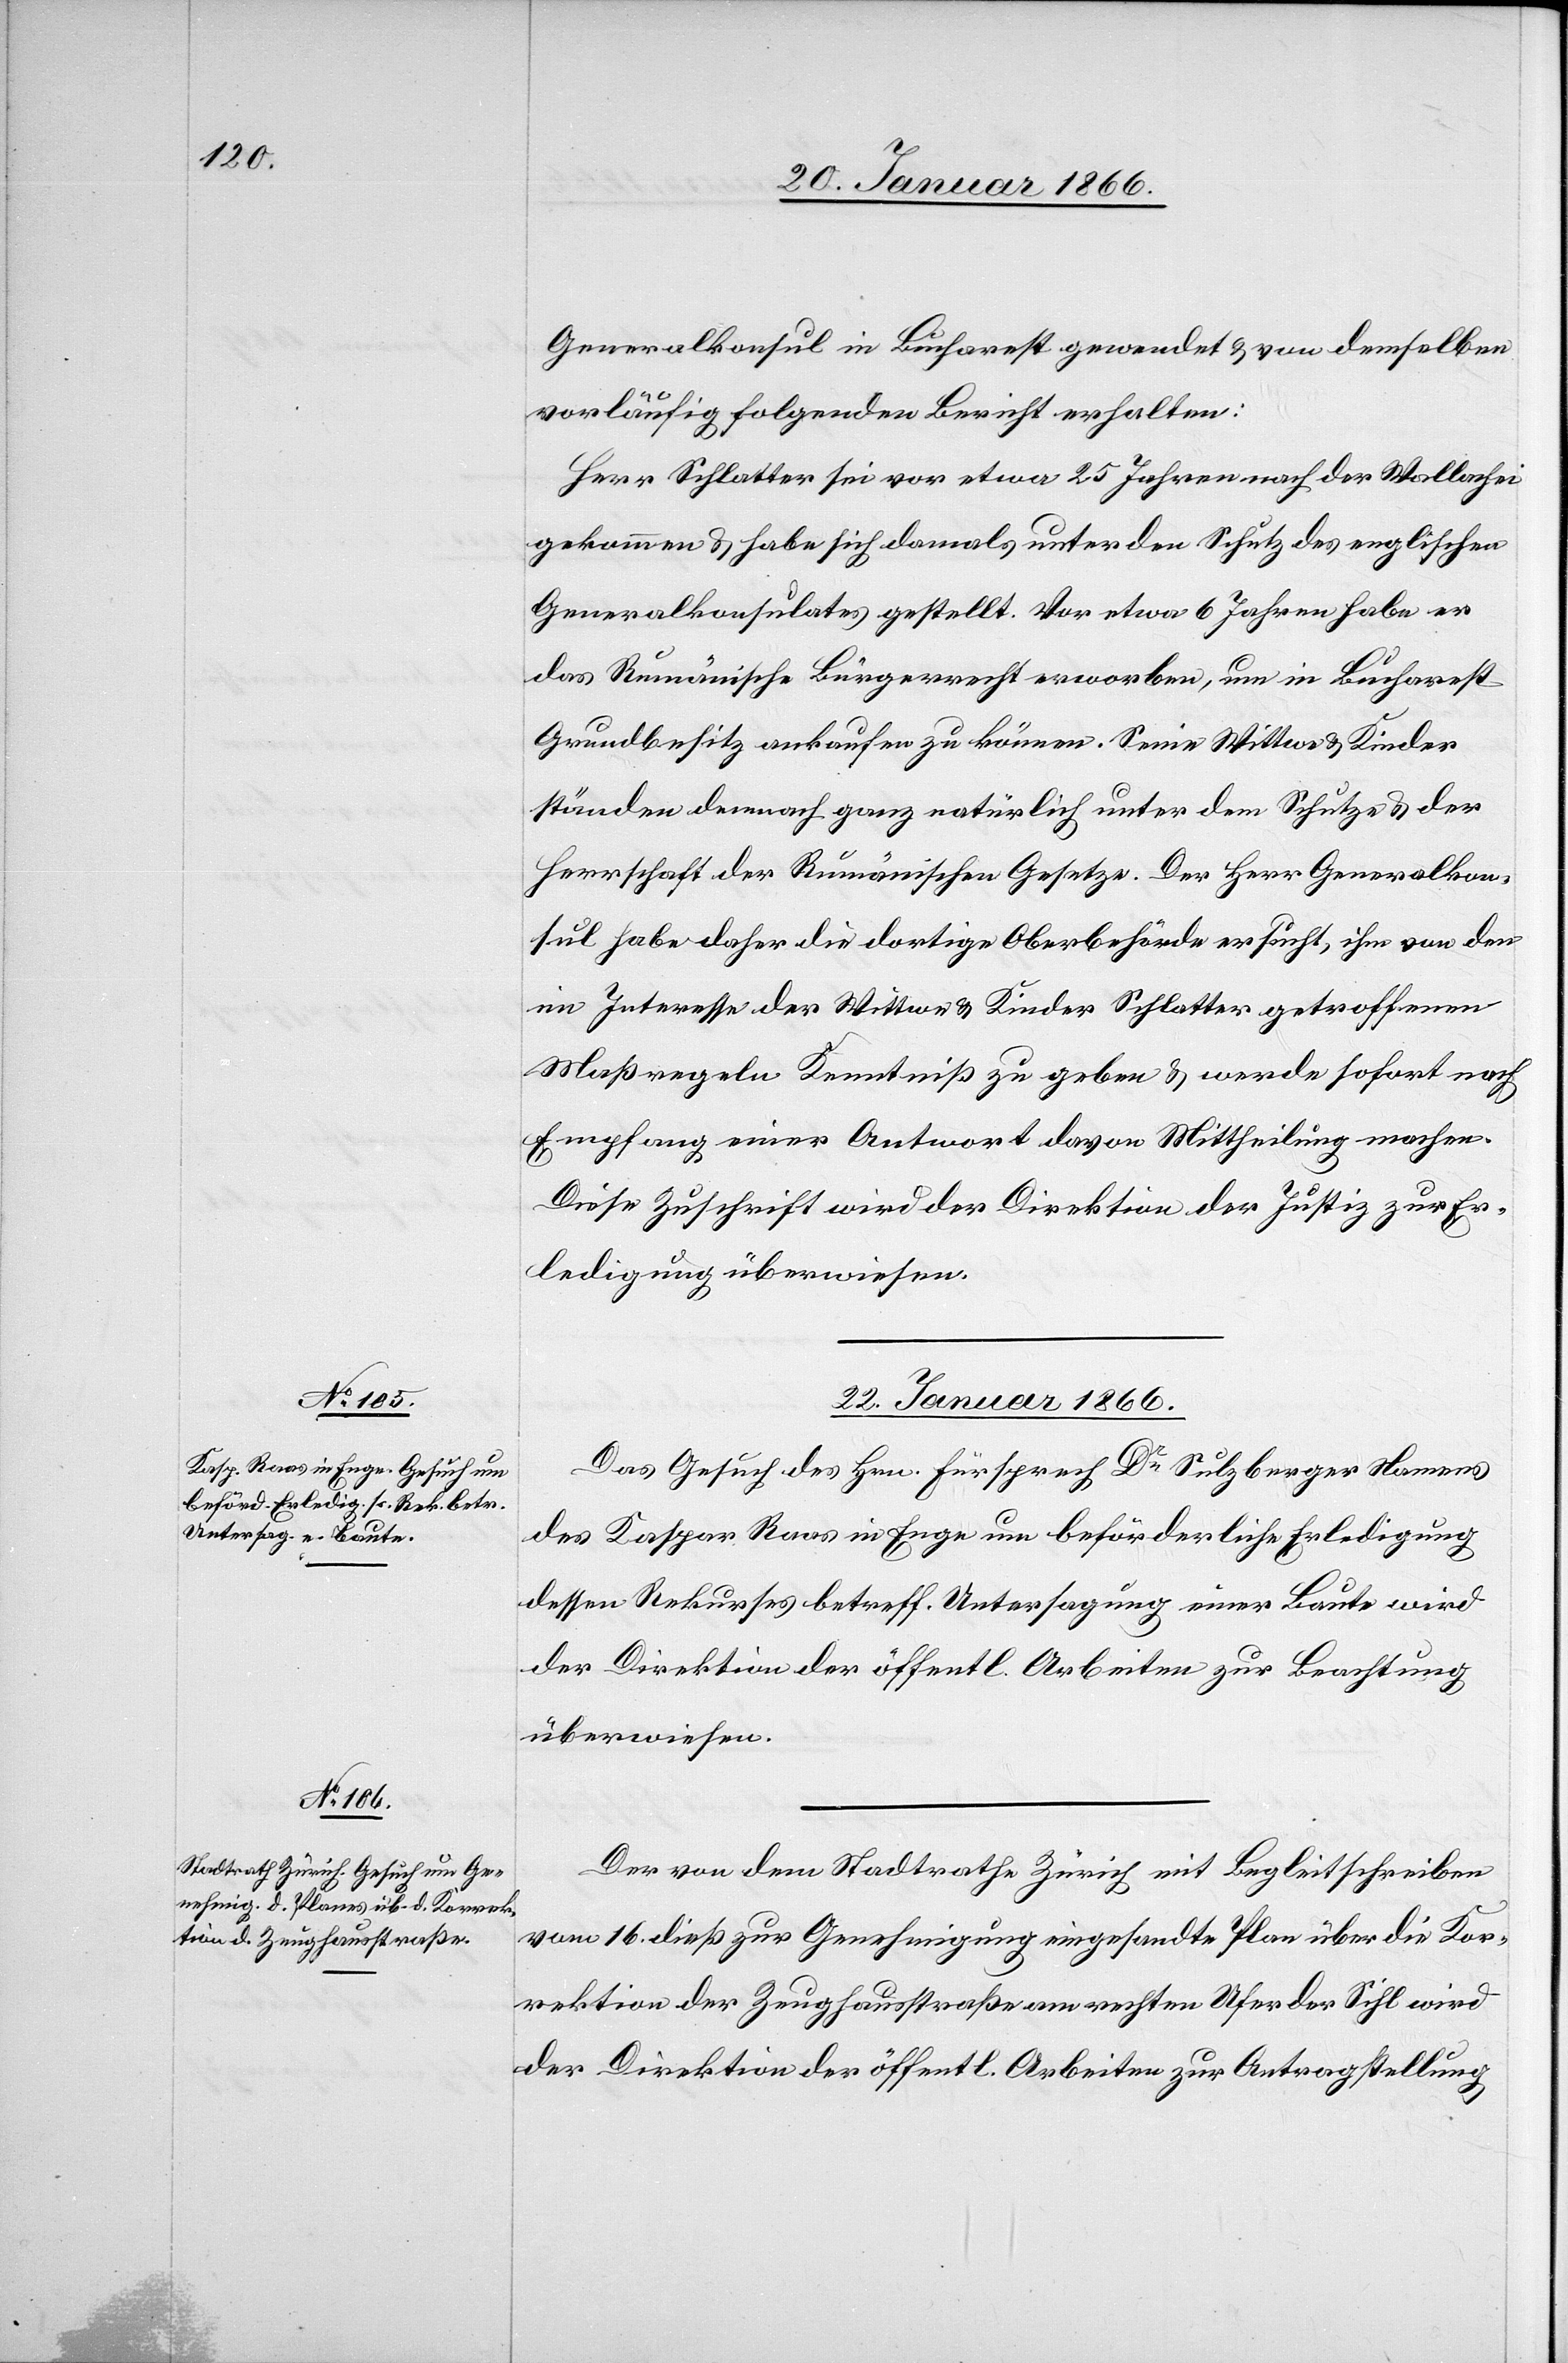
Generalkonsul in Bucharest gewendet u. von demselben
vorläufig folgenden Bericht erhalten:
Herr Schlatter sei vor etwa 25 Jahren nach der Wallachei
gekommen u. habe sich damals unter den Schutz des englischen
Generalkonsuls gestellt. Vor etwa 6 Jahren habe er
das Rumänische Bürgerrecht erworben, um in Bucharest
Grundbesitz ankaufen zu können. Seine Wittwe u. Kinder
ständen demnach ganz natürlich unter dem Schutze u. der
Herrschaft der Rumänischen Gesetze. Der Herr Generalkon¬
sul habe daher die dortige Oberbehörde ersucht, ihm von den
im Interesse der Wittwe u. Kinder Schlatter getroffenen
Maßregeln Kenntniß zu geben u. werde sofort nach
Empfang einer Antwort davon Mittheilung machen.
Diese Zuschrift wird der Direktion der Justiz zur Er¬
ledigung überwiesen.
22. Januar 1866.]
Das Gesuch des Hrn. Fürsprech Dr. Sulzberger Namens
des Kaspar Ravs in Enge um beförderliche Erledigung
dessen Rekurses, betreff. Untersagung einer Baute wird
der Direktion der öffentl. Arbeiten zur Beachtung
überwiesen.
Der von dem Stadtrathe Zürich mit Begleitschreiben
vom 16. dieß zur Genehmigung eingesandte Plan über die Kor¬
rektion der Zeughausstraße am rechten Ufer der Sihl wird
der Direktion der öffentl. Arbeiten zur Antragstellung